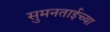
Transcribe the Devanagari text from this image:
सुमनताईच्या